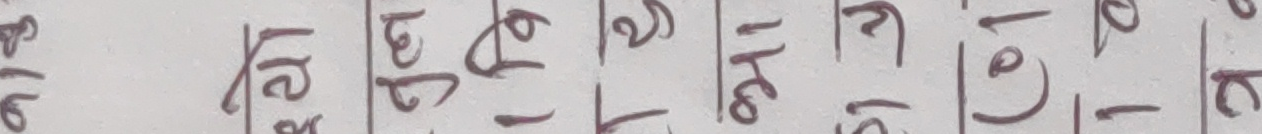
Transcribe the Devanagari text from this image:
एक ऐ० के